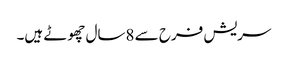
سریش فرح سے 8سال چھوٹے ہیں۔